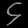
Digit: ၄